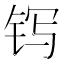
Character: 䥾